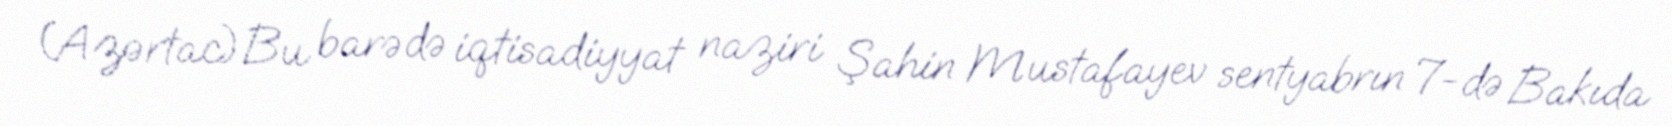
(Azərtac)Bu barədə iqtisadiyyat naziri Şahin Mustafayev sentyabrın 7-də Bakıda